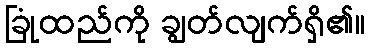
ခြုံထည်ကို ချွတ်လျက်ရှိ၏။